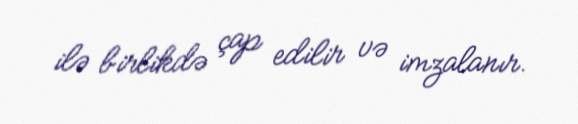
ilə birlikdə çap edilir və imzalanır.